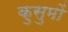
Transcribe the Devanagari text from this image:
कुसुमों